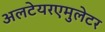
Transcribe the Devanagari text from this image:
अलटेयरएमुलेटर